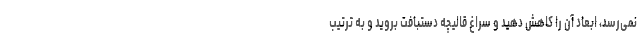
نمی‌رسد، ابعاد آن را کاهش دهید و سراغ قالیچه دستبافت بروید و به ترتیب